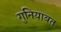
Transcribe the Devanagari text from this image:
गुनियाबत